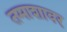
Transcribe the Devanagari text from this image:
तमाशावर